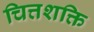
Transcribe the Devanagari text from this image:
चित्तशक्ति